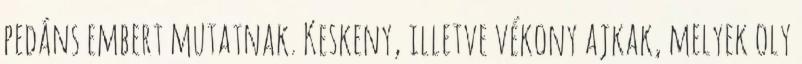
pedáns embert mutatnak. Keskeny, illetve vékony ajkak, melyek oly